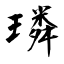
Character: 璘